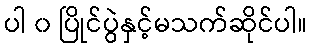
ပါ ၀ ပြိုင်ပွဲနှင့်မသက်ဆိုင်ပါ။